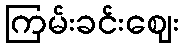
ကြမ်းခင်းဈေး